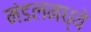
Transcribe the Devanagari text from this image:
मंडलमध्ये